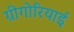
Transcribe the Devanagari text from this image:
ग्रीगोरियाई